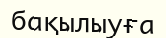
бақылыуға